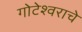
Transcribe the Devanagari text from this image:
गोटेश्वराचे